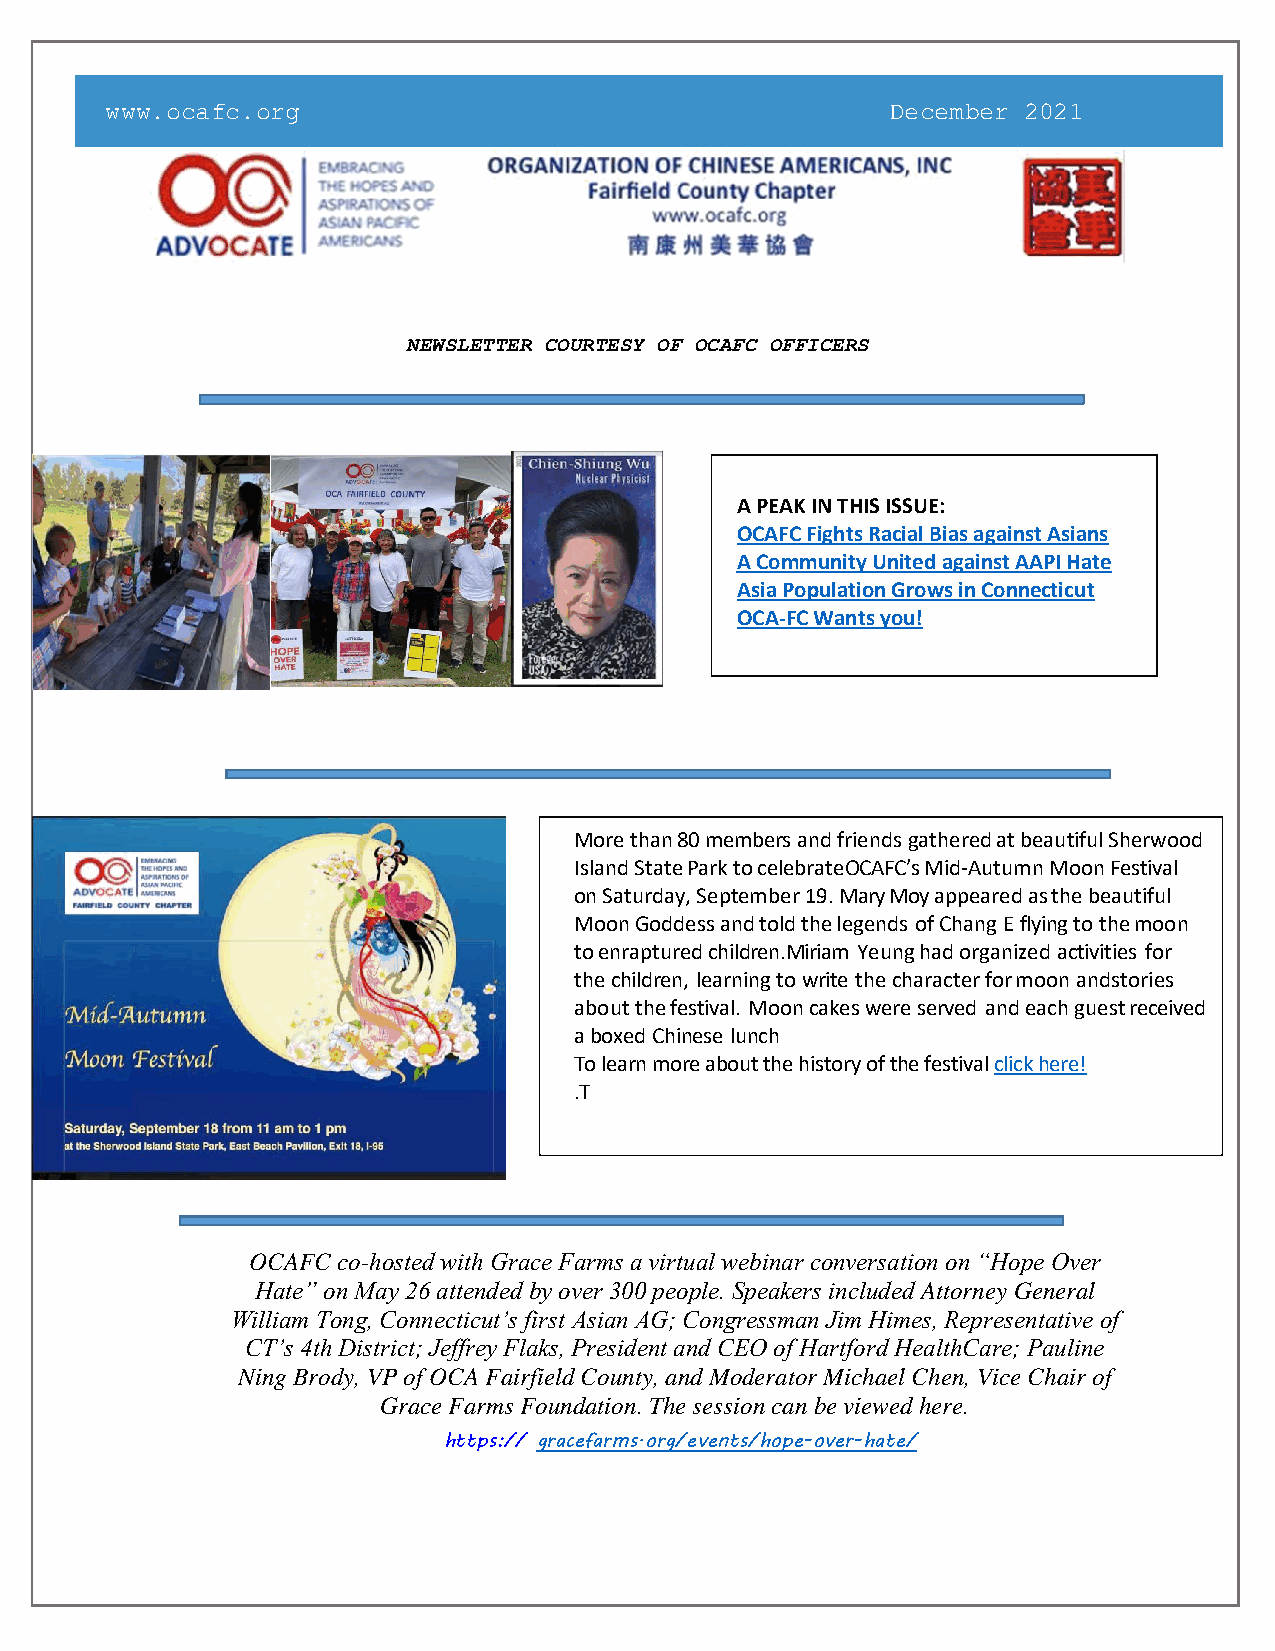
www.ocafc.org                                       December 2021
 NEWSLETTER COURTESY OF OCAFC OFFICERS
 A PEAK IN THIS ISSUE:
 OCAFC Fights Racial Bias against Asians
 A Community United against AAPI Hate
 Asia Population Grows in Connecticut
 OCA-FC Wants you!
 More than 80 members and friends gathered at beautiful Sherwood
 Island State Park to celebrate OCAFC’s Mid-Autumn Moon Festival
 on Saturday, September 19. Mary Moy appeared as the beautiful
 Moon Goddess and told the legends of Chang E flying to the moon
 to enraptured children. Miriam Yeung had organized activities for
 the children, learning to write the character for moon and stories
 about the festival. Moon cakes were served and each guest received
 a boxed Chinese lunch
 To learn more about the history of the festival click here!
 . T
 OCAFC co-hosted with Grace Farms a virtual webinar conversation on “Hope Over
 Hate” on May 26 attended by over 300 people. Speakers included Attorney General
 William Tong, Connecticut’s first Asian AG; Congressman Jim Himes, Representative of
 CT’s 4th District; Jeffrey Flaks, President and CEO of Hartford HealthCare; Pauline
 Ning Brody, VP of OCA Fairfield County, and Moderator Michael Chen, Vice Chair of
 Grace Farms Foundation. The session can be viewed here.
 https:// gracefarms.org/events/hope-over-hate/